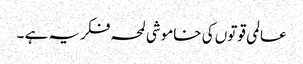
عالمی قوتوں کی خاموشی لمحہ فکریہ ہے ۔